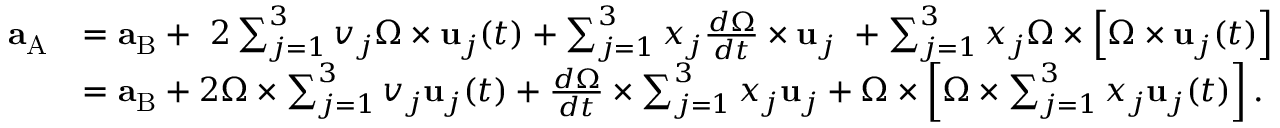
{ \begin{array} { r l } { \mathbf { a } _ { \mathrm { A } } } & { = \mathbf { a } _ { \mathrm { B } } + \ 2 \sum _ { j = 1 } ^ { 3 } v _ { j } { \boldsymbol { \Omega } } \times \mathbf { u } _ { j } ( t ) + \sum _ { j = 1 } ^ { 3 } x _ { j } { \frac { d { \boldsymbol { \Omega } } } { d t } } \times \mathbf { u } _ { j } \ + \sum _ { j = 1 } ^ { 3 } x _ { j } { \boldsymbol { \Omega } } \times \left[ { \boldsymbol { \Omega } } \times \mathbf { u } _ { j } ( t ) \right] } \\ & { = \mathbf { a } _ { \mathrm { B } } + 2 { \boldsymbol { \Omega } } \times \sum _ { j = 1 } ^ { 3 } v _ { j } \mathbf { u } _ { j } ( t ) + { \frac { d { \boldsymbol { \Omega } } } { d t } } \times \sum _ { j = 1 } ^ { 3 } x _ { j } \mathbf { u } _ { j } + { \boldsymbol { \Omega } } \times \left[ { \boldsymbol { \Omega } } \times \sum _ { j = 1 } ^ { 3 } x _ { j } \mathbf { u } _ { j } ( t ) \right] . } \end{array} }